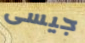
جيسى